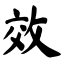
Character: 效